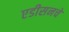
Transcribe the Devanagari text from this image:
एडीसनचे